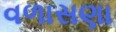
વળાસણા